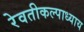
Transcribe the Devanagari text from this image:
रेवतीकल्पाध्याय